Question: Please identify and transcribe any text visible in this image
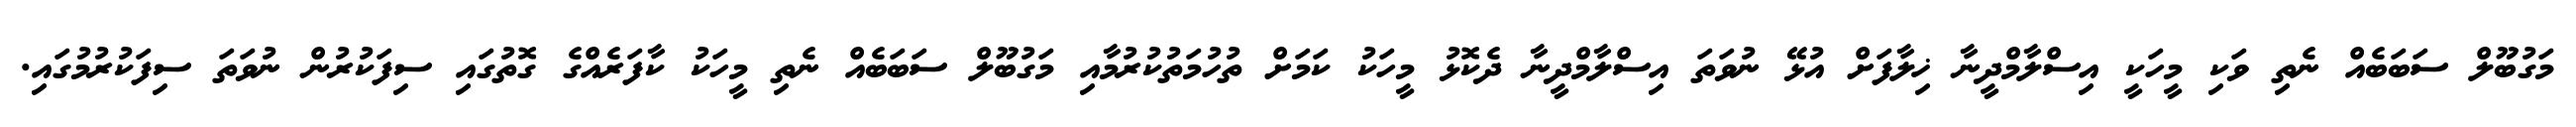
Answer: މަގުބޫލް ސަބަބެއް ނެތި ވަކި މީހަކީ އިސްލާމްދީނާ ޚިލާފަށް އުޅޭ ނުވަތަ އިސްލާމްދީނާ ދެކޮޅު މީހަކު ކަމަށް ތުހުމަތުކުރުމާއި މަގުބޫލް ސަބަބެއް ނެތި މީހަކު ކާފަރެއްގެ ގޮތުގައި ސިފަކުރުން ނުވަތަ ސިފަކުރުމުގައި.